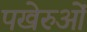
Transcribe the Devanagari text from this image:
पखेरुओं